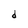
Character: d